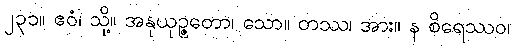
၂၃၁။ ဧဝံ၊ သို့။ အနုယုဉ္ဇတော၊ သော။ တဿ၊ အား။ န စိရေဿဝ၊